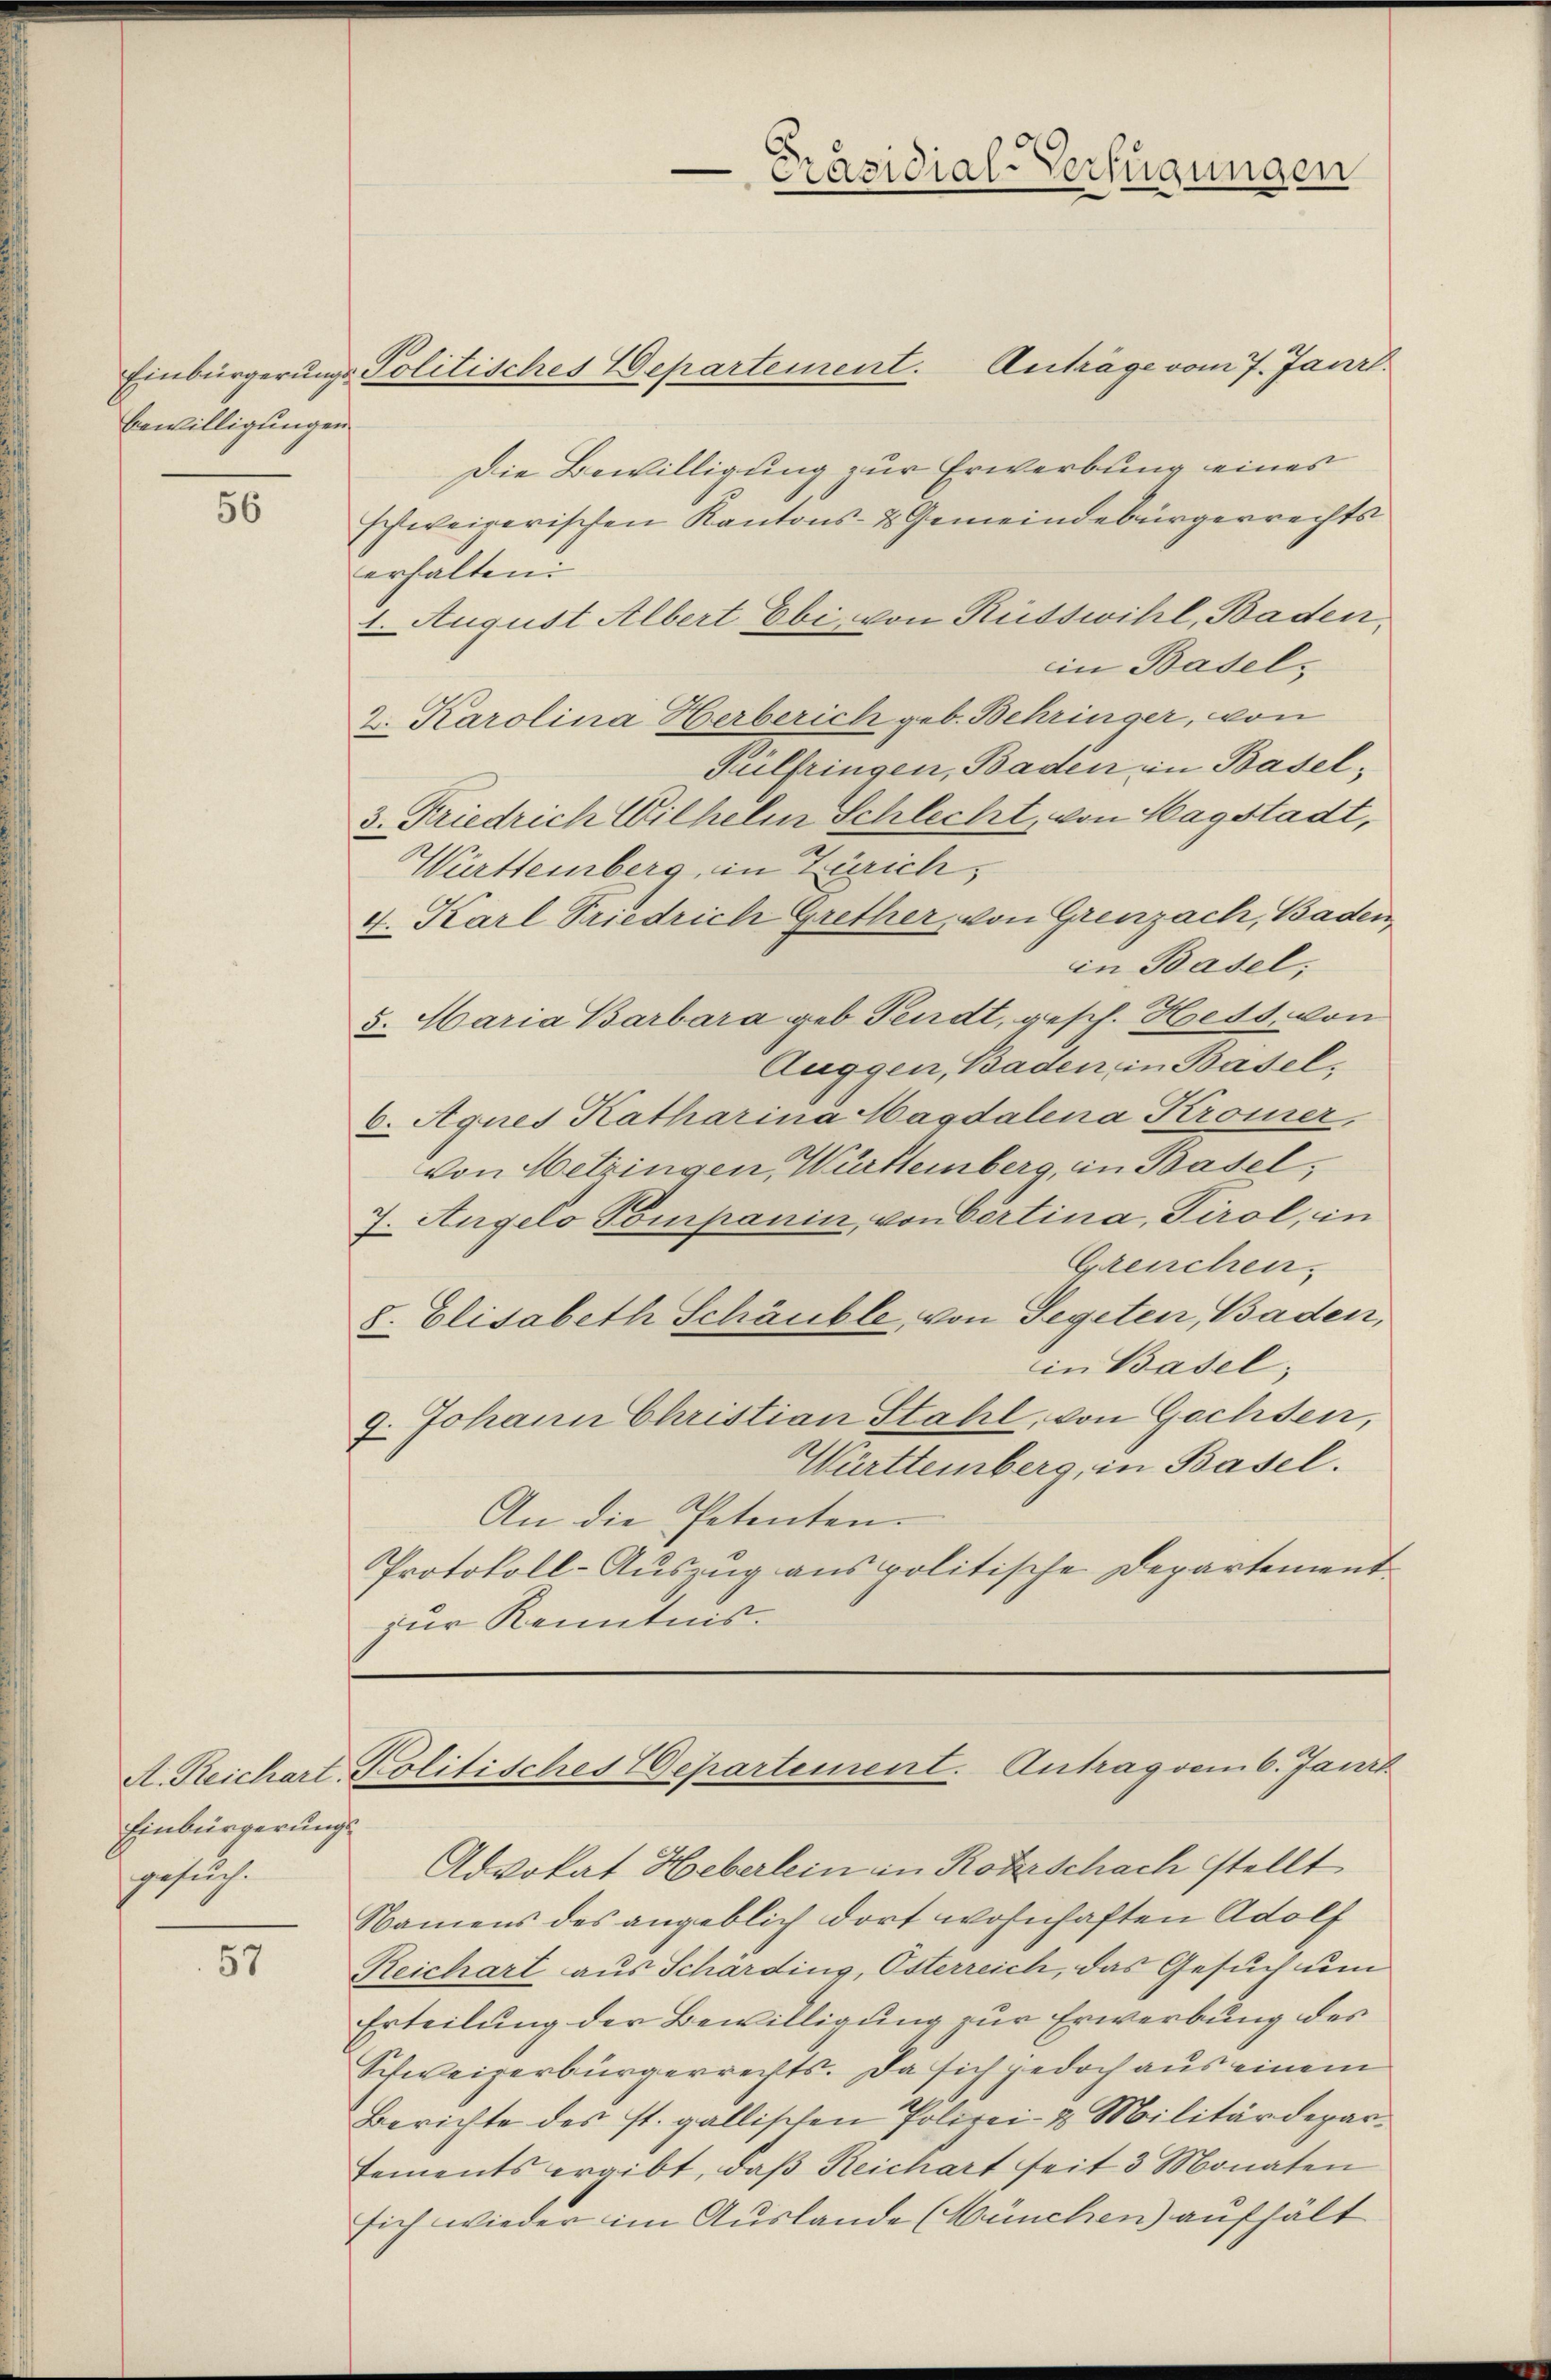
Präsidial-Verfügungen

Einbürgerungs-Politisches Departement. Anträge vom 7. Janr.
Die Bewilligung zur Erwerbung eines
schweizerischen Kantons- & Gemeindebürgerrechts
erhalten
1. August Albert Ebi, von Rüsswihl, Baden,
in Basel¬
2. Karolina Herberich geb. Behringer, von
Fülfringen, Baden in Basel¬
3. Friedrich Wilhelm Schlecht, von Magstadt,
Württemberg, in Zürich,
4. Karl Friedrich Grether, von Grenzach, Baden,
in Basel,
5. Maria Barbara geb. Fendt, gesch. Hess, von
Auggen, Baden in Basel,
6. Agnes Katharina Magdalena Kromer,
von Metringen, Württemberg, in Basel,
7. Angelo Pompanin, von Certina, Tirol, in
Greuchen.
8. Elisabeth Schäuble, von Segeten, Baden,
in Basel;
7. Johann Christian Stahl, von Gechsen,
Württeinberg, in Basel.
An die Petenten.
Protokoll-Auszug aus politische Departement
zur Kenntnis.

Bewilligungen

56

A. Reichart-Politisches Departement. Antrag vom 6. Janr

Einbürgerungs
gesuch.

Advokat Heberlein in Roberschach stellt
Namens des angeblich dort wohnhaften Adolf
Reichart aus Schärding, Osterreich, das Gesuch um
Erteilung der Bewilligung zur Erwerbung des
Schweizerbürgerrechts. Da sich jedoch aus einem
Berichte des st. gallischen Polizei- & Militärdepartements ergibt, daβ Reichart seit 3 Monaten
sich wieder im Auslande (München) aufhält

57